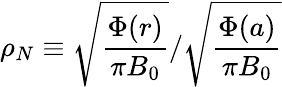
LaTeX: \rho_{N}\equiv\sqrt{\frac{\Phi(r)}{\pi B_{0}}}/\sqrt{\frac{\Phi(a)}{\pi B_{0}}}